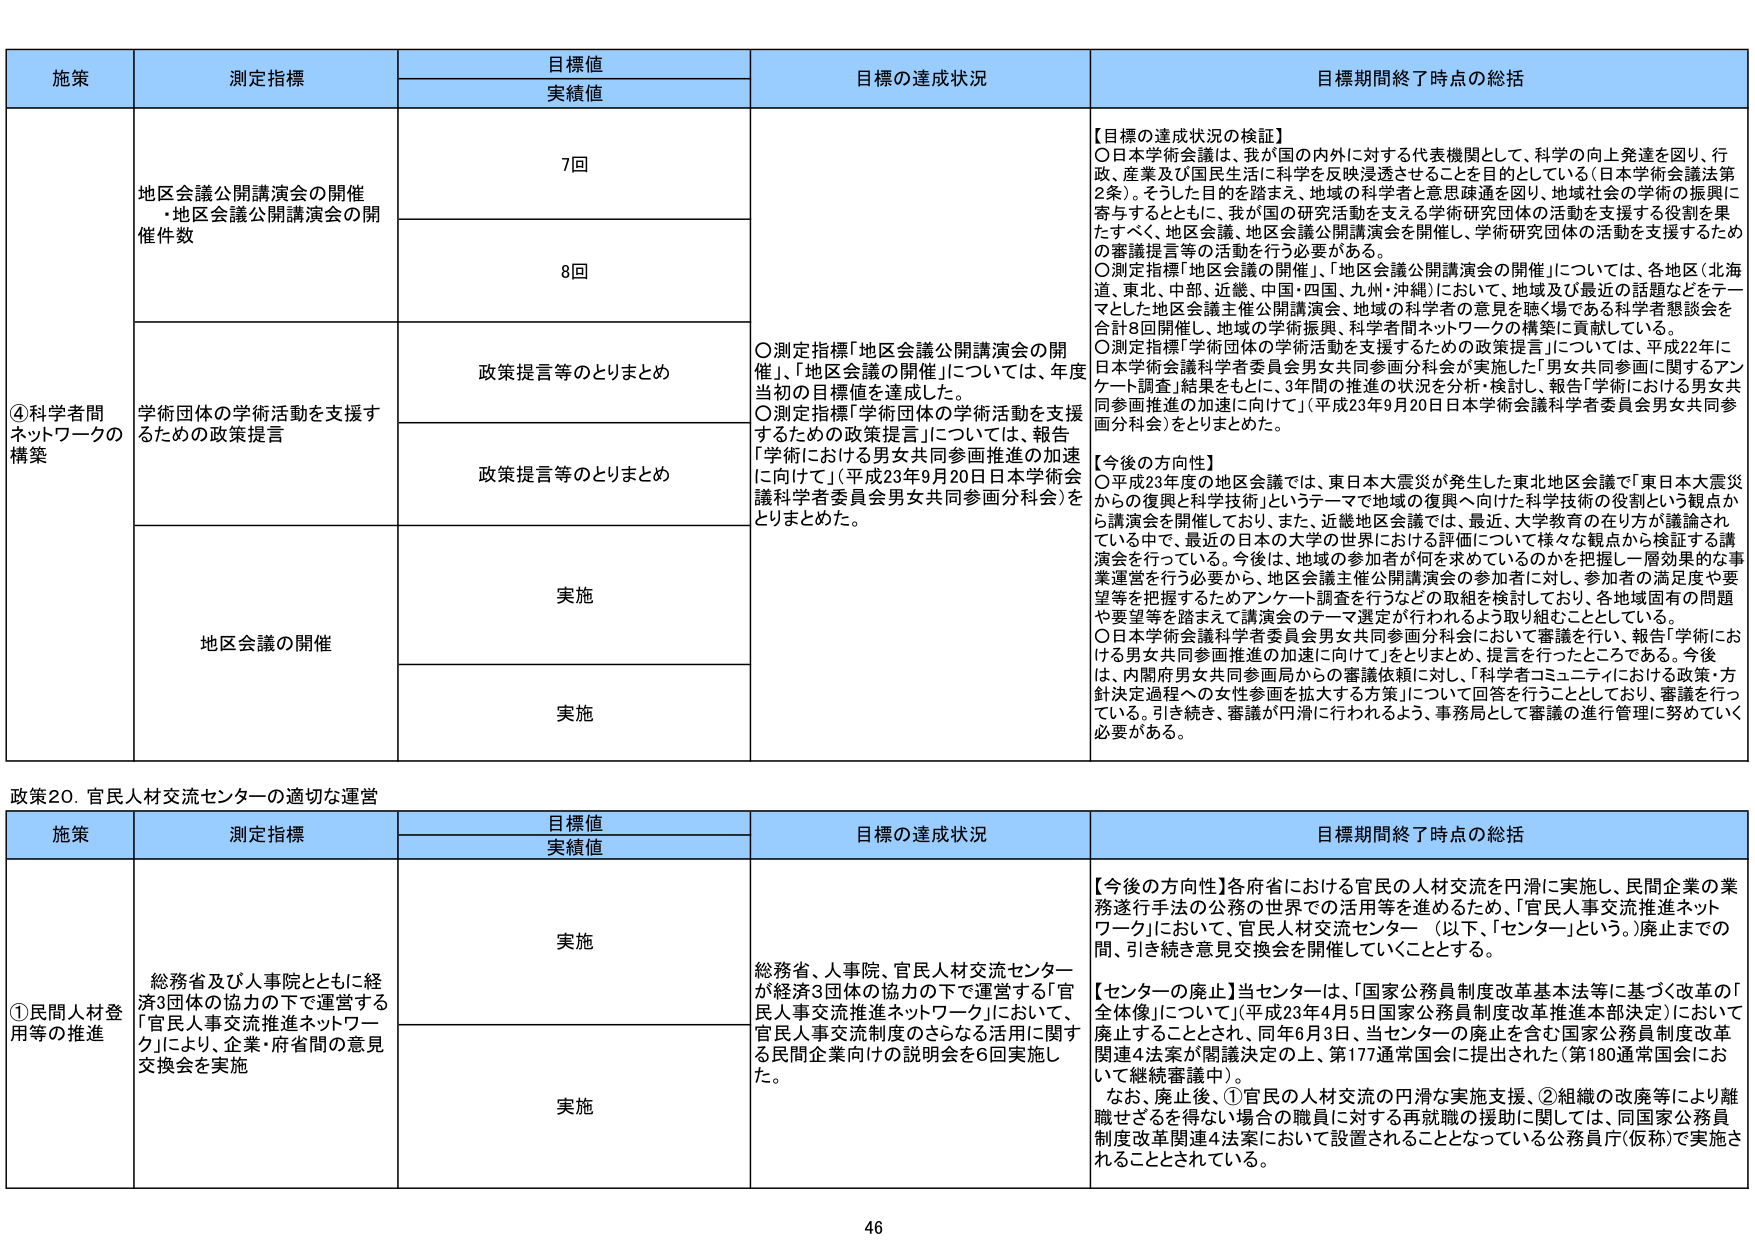
施策 測定指標 目標値 実績値 目標の達成状況 目標期間終了時点の総括 ④科学者間ネットワークの構築 地区会議公開講演会の開催・地区会議公開講演会の開催件数 7回 8回 政策提言等のとりまとめ 政策提言等のとりまとめ 学術団体の学術活動を支援するための政策提言 地区会議の開催 実施 実施 【目標の達成状況の検証】 ○日本学術会議は、我が国の内外に対する代表機関として、科学の向上発達を図り、行政、産業及び国民生活に科学を反映浸透させることを目的としている（日本学術会議法第2条）。そうした目的を踏まえ、地域の科学者と意思疎通を図り、地域社会の学術の振興に寄与するとともに、我が国の研究活動を支える学術研究団体の活動を支援する役割を果たすべく、地区会議、地区会議公開講演会を開催し、学術研究団体の活動を支援するための審議提言等の活動を行う必要がある。 ○測定指標「地区会議の開催」、「地区会議公開講演会の開催」については、各地区（北海道、東北、中部、近畿、中国・四国、九州・沖縄）において、地域及び最近の話題などをテーマとした地区会議主催公開講演会、地域の科学者の意見を聴く場である科学者懇談会を合計8回開催し、地域の学術振興、科学者間ネットワークの構築に貢献している。 ○測定指標「学術団体の学術活動を支援するための政策提言」については、平成22年に日本学術会議科学者委員会男女共同参画分科会が実施した「男女共同参画に関するアンケート調査」結果をもとに、3年間の推進の状況を分析・検討し、報告「学術における男女共同参画推進の加速に向けて」（平成23年9月20日日本学術会議科学者委員会男女共同参画分科会）をとりまとめた。 【今後の方向性】 ○平成23年度の地区会議では、東日本大震災が発生した東北地区会議で「東日本大震災からの復興と科学技術」というテーマで地域の復興へ向けた科学技術の役割という観点から講演会を開催しており、また、近畿地区会議では、最近、大学教育の在り方が議論されている中で、最近の日本の大学の世界における評価について様々な観点から検証する講演会を行っている。今後は、地域の参加者が何を求めているのかを把握し一層効果的な事業運営を行う必要から、地区会議主催公開講演会の参加者に対し、参加者の満足度や要望等を把握するためのアンケート調査を行うなどの取組を検討しており、各地域固有の問題や要望等を踏まえて講演会のテーマ選定が行われるよう取り組むこととしている。 ○日本学術会議科学者委員会男女共同参画分科会において審議を行い、報告「学術における男女共同参画推進の加速に向けて」をとりまとめ、提言を行ったところである。今後は、内閣府男女共同参画局からの審議依頼に対し、「科学者コミュニティにおける政策・方針決定過程への女性参画を拡大する方策」について回答を行うこととしており、審議を行っている。引き続き、審議が円滑に行われるよう、事務局として審議の進行管理に努めていく必要がある。 政策20．官民人材交流センターの適切な運営 施策 測定指標 目標値 実績値 目標の達成状況 目標期間終了時点の総括 ①民間人材登用等の推進 総務省及び人事院とともに経済3団体の協力の下で運営する「官民人事交流推進ネットワーク」により、企業・府省間の意見交換会を実施 実施 実施 総務省、人事院、官民人材交流センターが経済3団体の協力の下で運営する「官民人事交流推進ネットワーク」において、官民人事交流制度のさらなる活用に関する民間企業向けの説明会を6回実施した。 【今後の方向性】各府省における官民の人材交流を円滑に実施し、民間企業の業務遂行手法の公務の世界での活用等を進めるため、「官民人事交流推進ネットワーク」において、官民人材交流センター（以下、「センター」という。）廃止までの間、引き続き意見交換会を開催していくこととする。 【センターの廃止】当センターは、「国家公務員制度改革基本法等に基づく改革の「全体像」について」（平成23年4月5日国家公務員制度改革推進本部決定）において廃止することとされ、同年6月3日、当センターの廃止を含む国家公務員制度改革関連4法案が閣議決定の上、第177通常国会に提出された（第180通常国会において継続審議中）。 なお、廃止後、①官民の人材交流の円滑な実施支援、②組織の改廃等により離職せざるを得ない場合の職員に対する再就職の援助に関しては、同国家公務員制度改革関連4法案において設置されることとなっている公務員庁（仮称）で実施されることとされている。 46